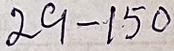
29. - 150